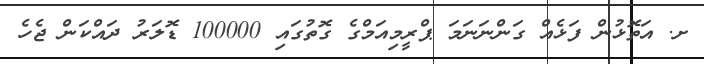
ށ. އަތޮޅުން ފަޅެއް ގަންނަނަމަ ޕްރީމިއަމްގެ ގޮތުގައި 100000 ޑޮލަރު ދައްކަން ޖެހެ